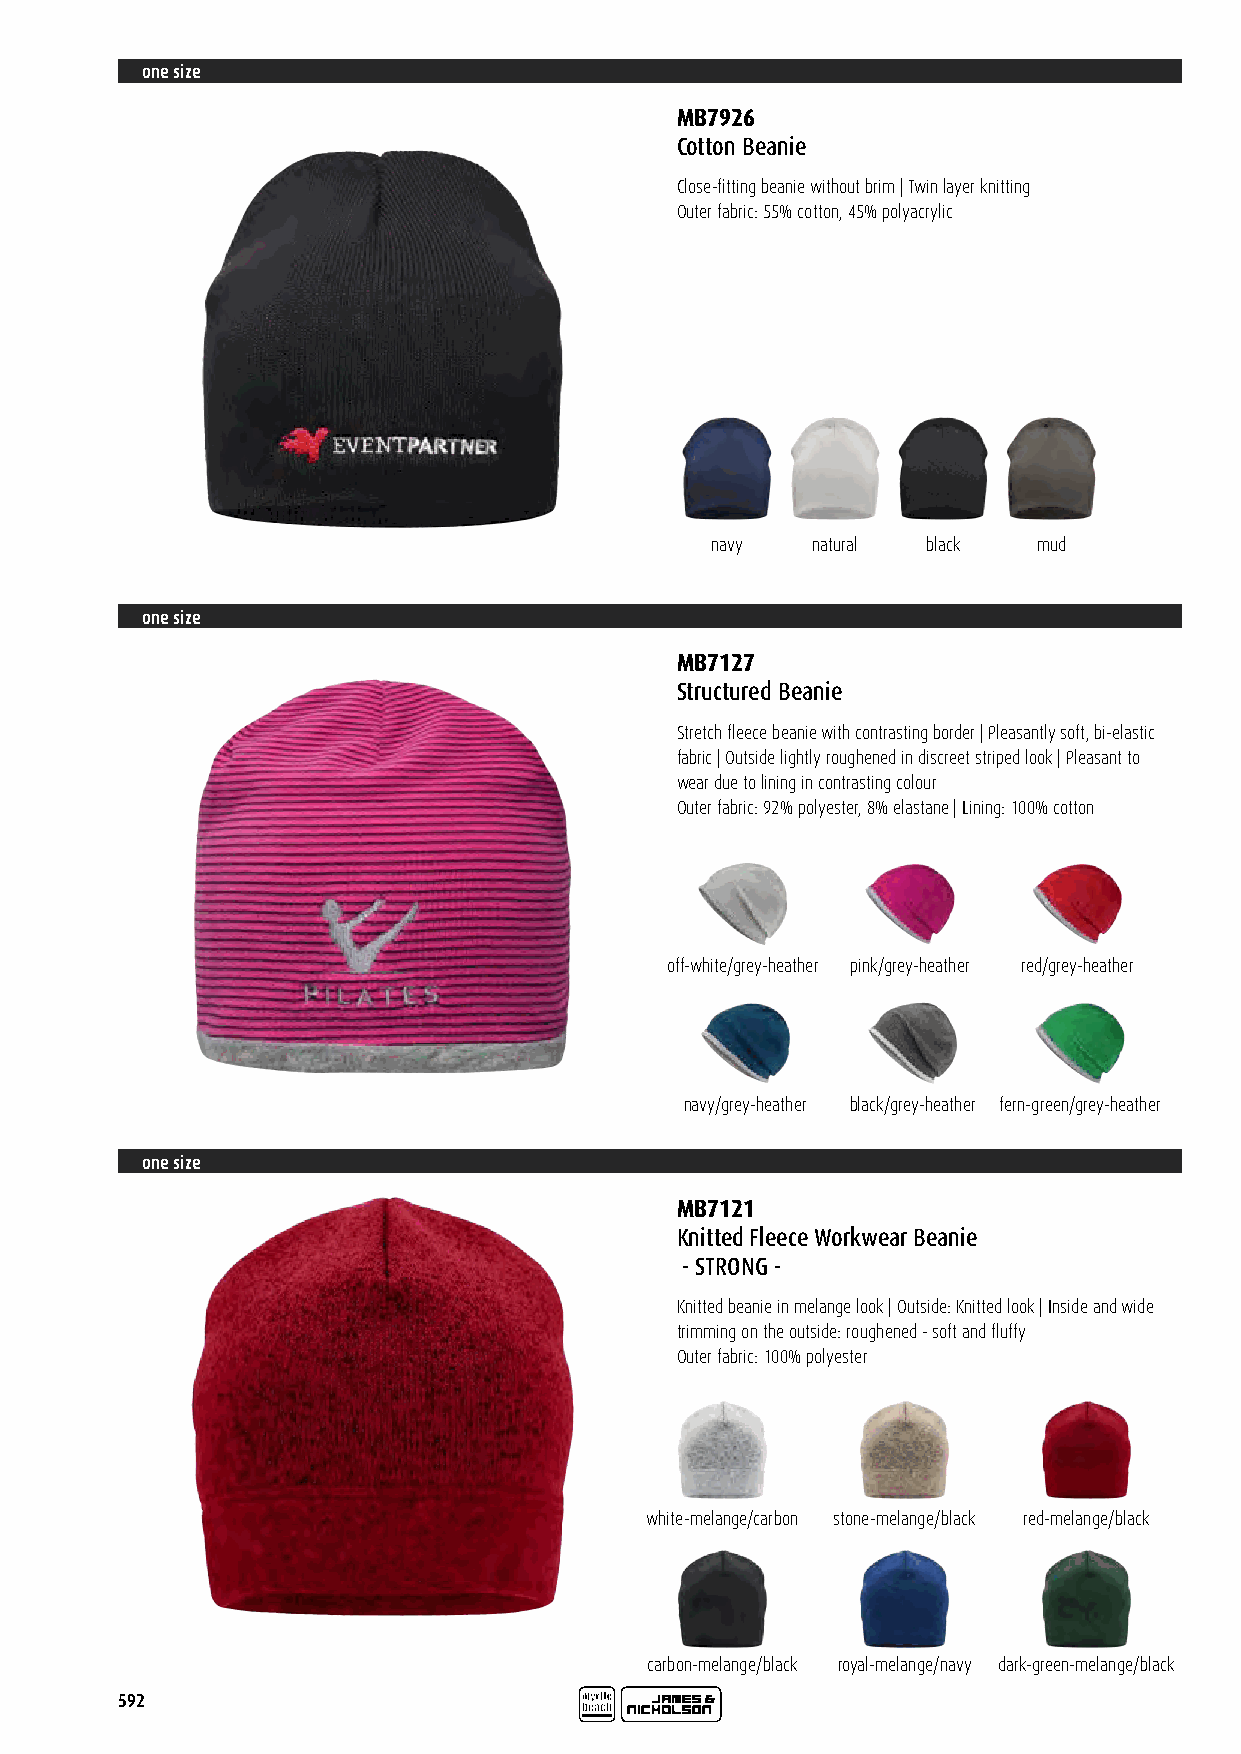
one size
 MB7926
 Cotton Beanie
 Close-fitting beanie without brim | Twin layer knitting
 Outer fabric: 55% cotton, 45% polyacrylic
 navy   natural black  mud
 one size
 MB7127
 Structured Beanie
 Stretch fleece beanie with contrasting border | Pleasantly soft, bi-elastic
 fabric | Outside lightly roughened in discreet striped look | Pleasant to
 wear due to lining in contrasting colour
 Outer fabric: 92% polyester, 8% elastane | Lining: 100% cotton
 off-white/grey-heather pink/grey-heather red/grey-heather
 navy/grey-heather black/grey-heather fern-green/grey-heather
 one size
 MB7121
 Knitted Fleece Workwear Beanie
 - STRONG -
 Knitted beanie in melange look | Outside: Knitted look | Inside and wide
 trimming on the outside: roughened - soft and fluffy
 Outer fabric: 100% polyester
 white-melange/carbon stone-melange/black red-melange/black
 carbon-melange/black royal-melange/navy dark-green-melange/black
 592